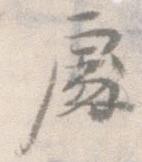
処